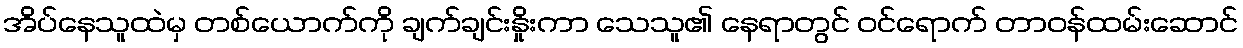
အိပ်နေသူထဲမှ တစ်ယောက်ကို ချက်ချင်းနှိုးကာ သေသူ၏ နေရာတွင် ဝင်ရောက် တာဝန်ထမ်းဆောင်